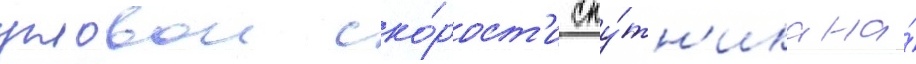
угловои ско́рост'и спу́тн'ика на́